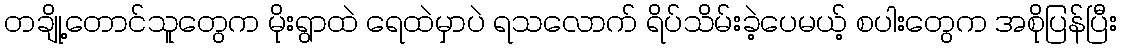
တချို့တောင်သူတွေက မိုးရွာထဲ ရေထဲမှာပဲ ရသလောက် ရိပ်သိမ်းခဲ့ပေမယ့် စပါးတွေက အစိုပြန်ပြီး